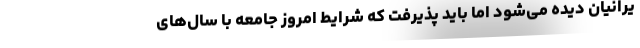
یرانیان دیده می‌شود اما باید پذیرفت که شرایط امروز جامعه با سال‌های